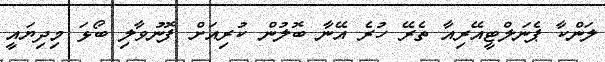
ލަންކާ ޕެނަލްޓީއޭރިއާ ތެރޭ ހުރެ އޭނާ ބޮލުން ކުރިއަށް ފޮނުވާލި ބޯޅަ މިދިޔައީ